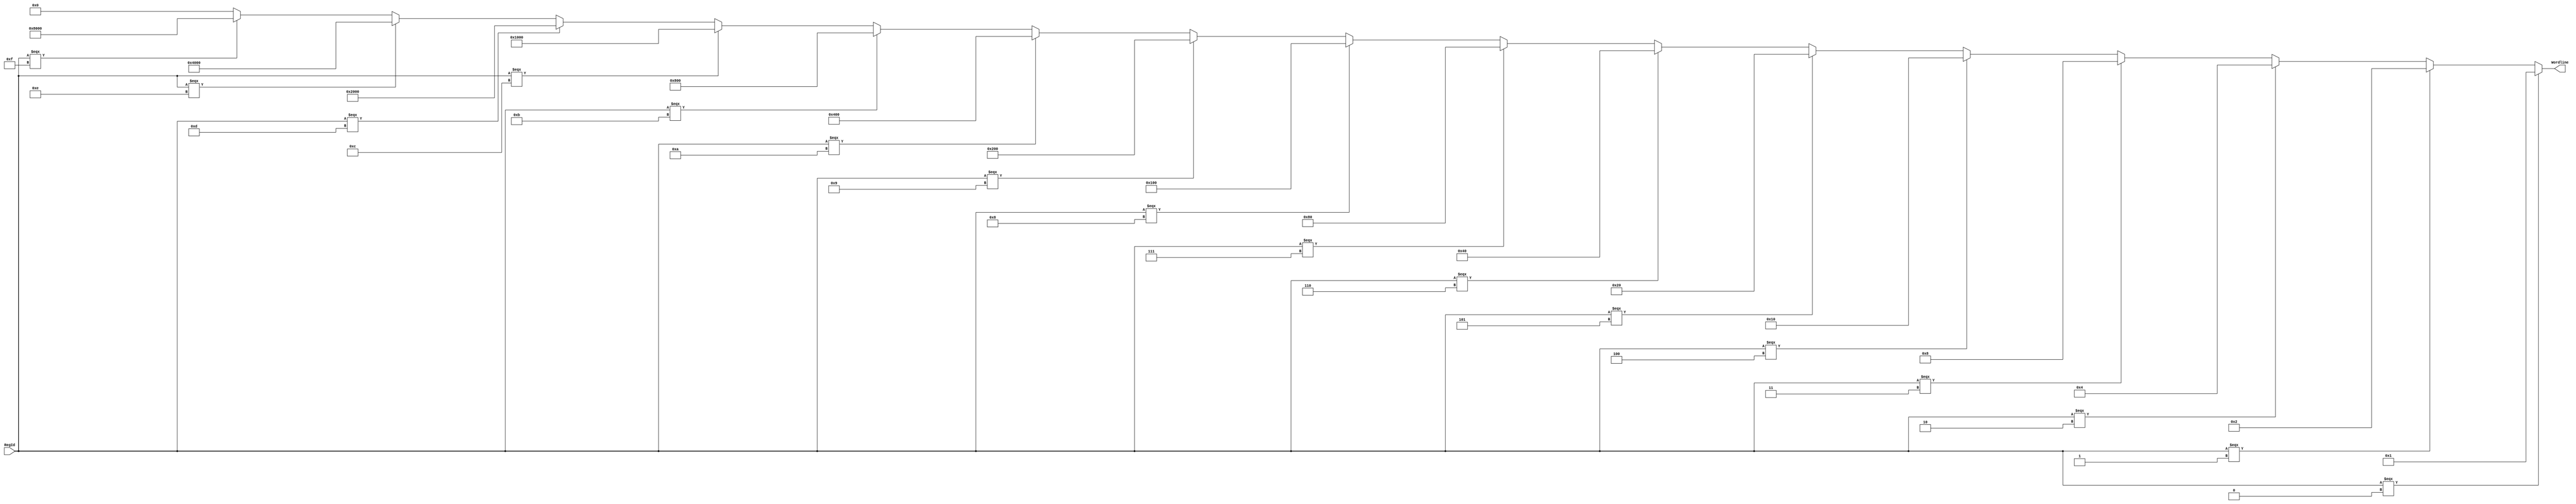
module ReadDecoder_4_16(input [3:0] RegId, output [15:0] Wordline);
    assign Wordline = (RegId === 4'b0000) ? 16'b0000000000000001 :
                      (RegId === 4'b0001) ? 16'b0000000000000010 :
                      (RegId === 4'b0010) ? 16'b0000000000000100 :
                      (RegId === 4'b0011) ? 16'b0000000000001000 :
                      (RegId === 4'b0100) ? 16'b0000000000010000 :
                      (RegId === 4'b0101) ? 16'b0000000000100000 :
                      (RegId === 4'b0110) ? 16'b0000000001000000 :
                      (RegId === 4'b0111) ? 16'b0000000010000000 :
                      (RegId === 4'b1000) ? 16'b0000000100000000 :
                      (RegId === 4'b1001) ? 16'b0000001000000000 :
                      (RegId === 4'b1010) ? 16'b0000010000000000 :
                      (RegId === 4'b1011) ? 16'b0000100000000000 :
                      (RegId === 4'b1100) ? 16'b0001000000000000 :
                      (RegId === 4'b1101) ? 16'b0010000000000000 :
                      (RegId === 4'b1110) ? 16'b0100000000000000 :
                      (RegId === 4'b1111) ? 16'b1000000000000000 : 16'b0000000000000000;
endmodule